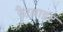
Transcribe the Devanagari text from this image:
रैटबाइट